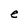
Character: e